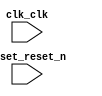

module lab1 (
	clk_clk,
	reset_reset_n);	

	input		clk_clk;
	input		reset_reset_n;
endmodule